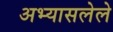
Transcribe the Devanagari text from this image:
अभ्यासलेले